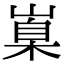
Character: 𡺼